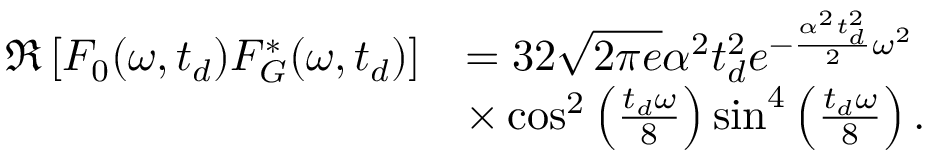
\begin{array} { r l } { \mathfrak { R } \left[ F _ { 0 } ( \omega , t _ { d } ) F _ { G } ^ { * } ( \omega , t _ { d } ) \right] } & { = 3 2 \sqrt { 2 \pi e } \alpha ^ { 2 } t _ { d } ^ { 2 } e ^ { - \frac { \alpha ^ { 2 } t _ { d } ^ { 2 } } { 2 } \omega ^ { 2 } } } \\ & { \times \cos ^ { 2 } \left( \frac { t _ { d } \omega } { 8 } \right) \sin ^ { 4 } \left( \frac { t _ { d } \omega } { 8 } \right) . } \end{array}